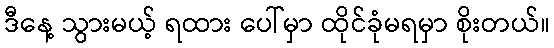
ဒီနေ့ သွားမယ့် ရထား ပေါ်မှာ ထိုင်ခုံမရမှာ စိုးတယ်။